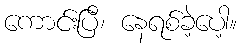
ကောင်းပြီ၊ နေရစ်ခဲ့ပေါ့။